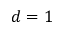
d = 1